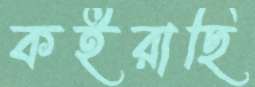
কইরাছি